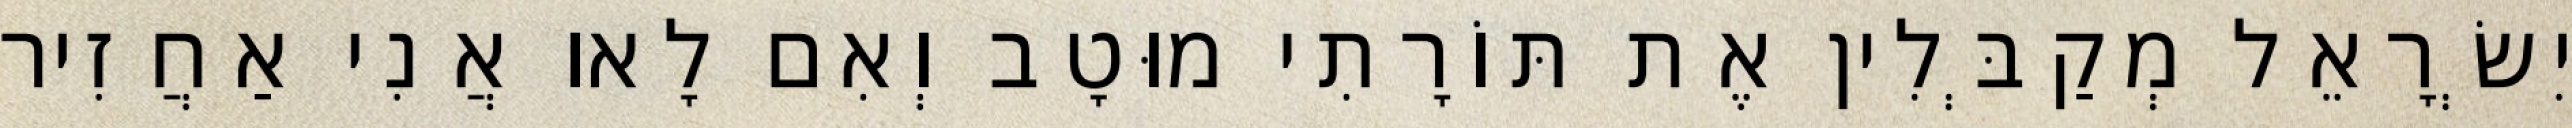
יִשְׂרָאֵל מְקַבְּלִין אֶת תּוֹרָתִי מוּטָב וְאִם לָאו אֲנִי אַחֲזִיר